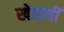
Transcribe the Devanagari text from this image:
खेळणीं